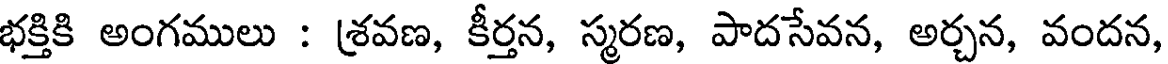
భక్తికి అంగములు : శ్రవణ, కీర్తన, స్మరణ, పాదసేవన, అర్చన, వందన,